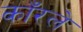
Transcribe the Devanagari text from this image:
काँरले